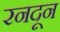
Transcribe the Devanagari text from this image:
रनदून